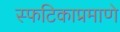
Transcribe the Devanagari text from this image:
स्फटिकाप्रमाणे